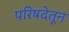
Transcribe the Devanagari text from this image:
परिषदेतून